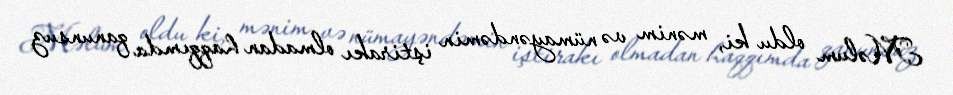
Məlum oldu ki, mənim və nümayəndəmin iştirakı olmadan haqqımda qanunsuz